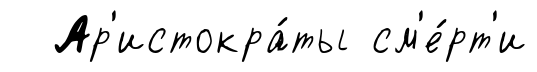
Ар'истокра́ты см'е́рт'и